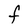
Character: F